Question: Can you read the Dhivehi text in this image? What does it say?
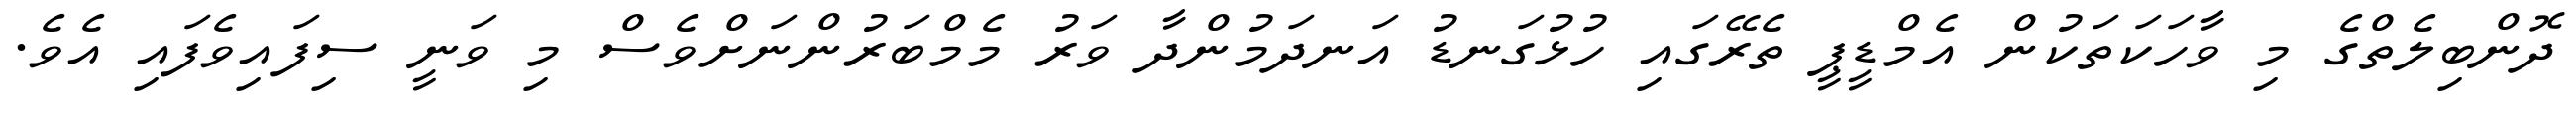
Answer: ދޮންބިލެތްގެ މި ވާހަކަތަކުން އެމްޑީޕީ ތެރޭގައި ހުޅުގަނޑު އަނދަމުންދާ ވަރު މެމްބަރުންނަށްވެސް މި ވަނީ ސިފައިވެފައި އެވެ.